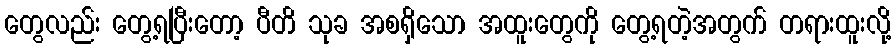
တွေလည်း တွေ့ရပြီးတော့ ပီတိ သုခ အစရှိသော အထူးတွေကို တွေ့ရတဲ့အတွက် တရားထူးလို့